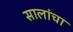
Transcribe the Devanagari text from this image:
सालांचा